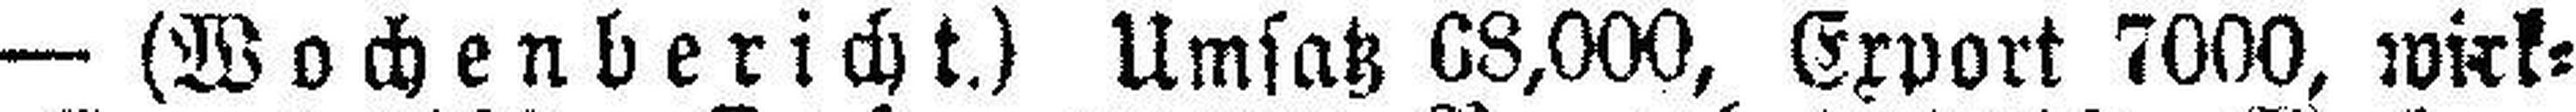
— (Wochenbericht.) Umsatz 68,000, Export 7000, wirk¬